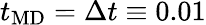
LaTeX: t_{\mathrm{MD}}=\Delta t\equiv 0.01